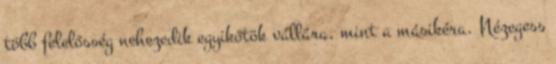
több felelősség nehezedik egyikőtök vállára, mint a másikéra. Nézegess